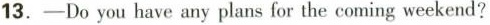
13.-Do you have any plans for the coming weekend?